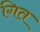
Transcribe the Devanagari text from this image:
गित